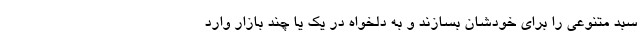
سبد متنوعی را برای خودشان بسازند و به دلخواه در یک یا چند بازار وارد